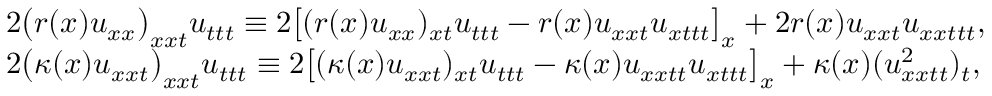
\begin{array} { r } { \left. \begin{array} { l l } { 2 \big ( r ( x ) u _ { x x } \big ) _ { x x t } u _ { t t t } \equiv 2 \big [ ( r ( x ) u _ { x x } ) _ { x t } u _ { t t t } - r ( x ) u _ { x x t } u _ { x t t t } \big ] _ { x } + 2 r ( x ) u _ { x x t } u _ { x x t t t } , } \\ { 2 \big ( \kappa ( x ) u _ { x x t } \big ) _ { x x t } u _ { t t t } \equiv 2 \big [ ( \kappa ( x ) u _ { x x t } ) _ { x t } u _ { t t t } - \kappa ( x ) u _ { x x t t } u _ { x t t t } \big ] _ { x } + \kappa ( x ) ( u _ { x x t t } ^ { 2 } ) _ { t } , } \end{array} \right. } \end{array}